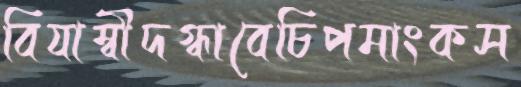
বিযাম্বীদগ্ধাবেচিপমাংকস